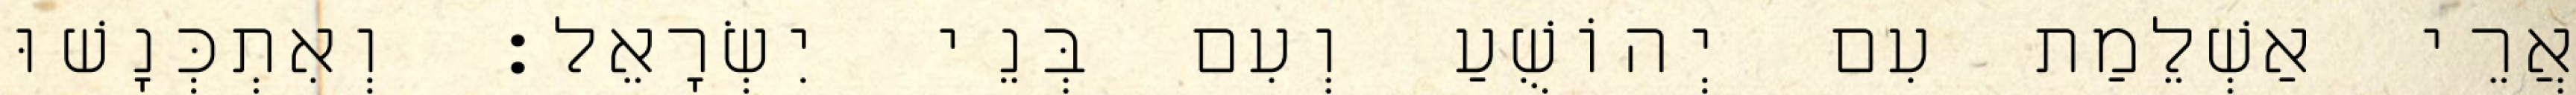
אֲרֵי אַשְׁלֵמַת עִם יְהוֹשֻׁעַ וְעִם בְּנֵי יִשְׂרָאֵל׃ וְאִתְכְּנָשׁוּ